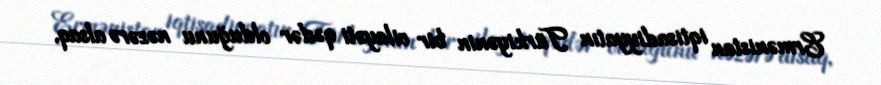
Ermənistan iqtisadiyyatın Türkiyənin bir vilayəti qədər olduğunu nəzərə alsaq,